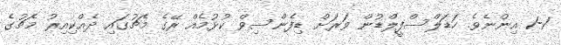
1-1 އިންނެވެ. ހަޑަލްސްފީލްޑުން ވަރަށް ޑިފެންސިވް ކުޅުމެއް ރޭގެ މެޗުގައި ދެެއްކިއިރު މެޗުގެ